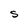
Character: S